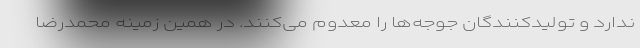
ندارد و تولیدکنندگان جوجه‌ها را معدوم می‌کنند. در همین زمینه محمدرضا